Malaria in India - Number 2
Disease focus: Malaria
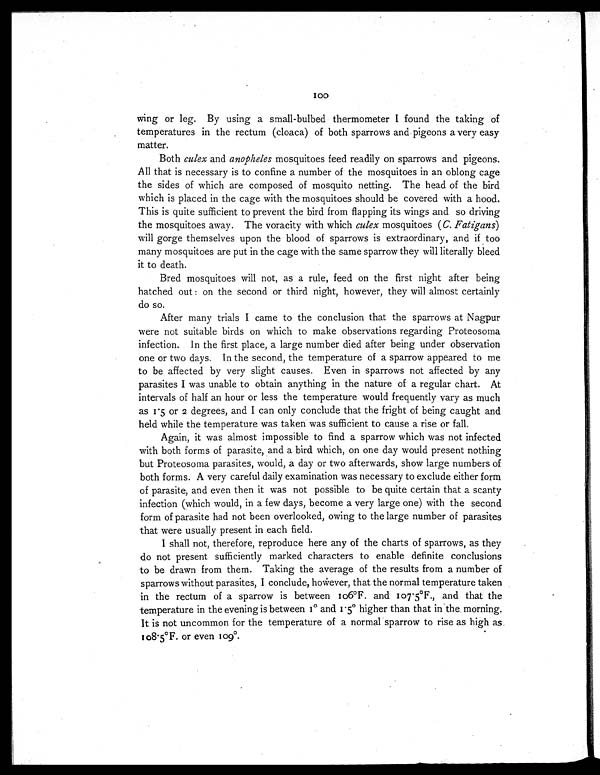
wing or leg. By using a small-bulbed thermometer I found the taking of
temperatures in the rectum (cloaca) of both sparrows and pigeons a very easy
matter.
Both culex and anopheles mosquitoes feed readily on sparrows and pigeons.
All that is necessary is to confine a number of the mosquitoes in an oblong cage
the sides of which are composed of mosquito netting. The head of the bird
which is placed in the cage with the mosquitoes should be covered with a hood.
This is quite sufficient to prevent the bird from flapping its wings and so driving
the mosquitoes away. The voracity with which culex mosquitoes ( C. Fatigans)
will gorge themselves upon the blood of sparrows is extraordinary, and if too
many mosquitoes are put in the cage with the same sparrow they will literally bleed
it to death.
Bred mosquitoes will not, as a rule, feed on the first night after being
hatched out : on the second or third night, however, they will almost certainly
do so.
After many trials I came to the conclusion that the sparrows at Nagpur
were not suitable birds on which to make observations regarding Proteosoma
infection. In the first place, a large number died after being under observation
one or two days. In the second, the temperature of a sparrow appeared to me
to be affected by very slight causes. Even in sparrows not affected by any
parasites I was unable to obtain anything in the nature of a regular chart. At
intervals of half an hour or less the temperature would frequently vary as much
as 1.5 or 2 degrees, and I can only conclude that the fright of being caught and
held while the temperature was taken was sufficient to cause a rise or fall.
Again, it was almost impossible to find a sparrow which was not infected
with both forms of parasite, and a bird which, on one day would present nothing
but Proteosoma parasites, would, a day or two afterwards, show large numbers of
both forms. A very careful daily examination was necessary to exclude either form
of parasite, and even then it was not possible to be quite certain that a scanty
infection (which would, in a few days, become a very large one) with the second
form of parasite had not been overlooked, owing to the large number of parasites
that were usually present in each field.
I shall not, therefore, reproduce here any of the charts of sparrows, as they
do not present sufficiently marked characters to enable definite conclusions
to be drawn from them. Taking the average of the results from a number of
sparrows without parasites, I conclude, however, that the normal temperature taken
in the rectum of a sparrow is between 106ºF . and 107.5ºF ., and that the
temperature in the evening is between 1º and 1.5 º higher than that in . the morning.
It is not uncommon for the temperature of a normal sparrow to rise as high as
108.5º F. or even 109º.